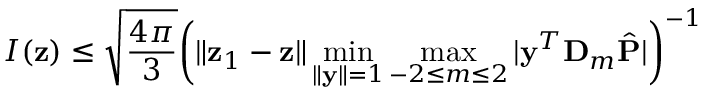
I ( \mathbf { z } ) \leq \sqrt { \frac { 4 \pi } { 3 } } \bigg ( { \| { \mathbf z } _ { 1 } - { \mathbf z } \| \operatorname* { m i n } _ { \| \mathbf y \| = 1 } \operatorname* { m a x } _ { - 2 \leq m \leq 2 } | \mathbf y ^ { T } \mathbf D _ { m } \hat { \mathbf P } | } \bigg ) ^ { - 1 }